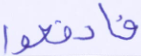
فادفعوا